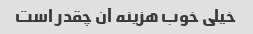
خیلی خوب هزینه آن چقدر است